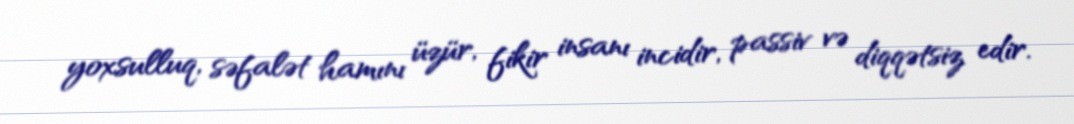
yoxsulluq, səfalət hamını üzür, fikir insanı incidir, passiv və diqqətsiz edir.